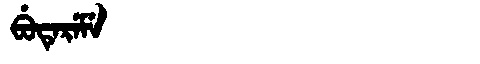
Manchu: ᠪᡠᡨᡝᡵᡝᠮᡝ
Romanization: BUTEREME